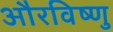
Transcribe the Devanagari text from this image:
औरविष्णु